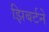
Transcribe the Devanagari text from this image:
झिबर्टने